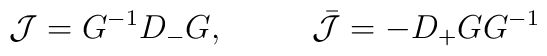
{\cal J}=G^{-1}D_-G,~~~~~~~~\bar{\cal J}=-D_+GG^{-1}